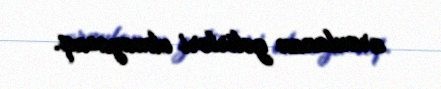
arzulanan gəlirləri olmayacaq.